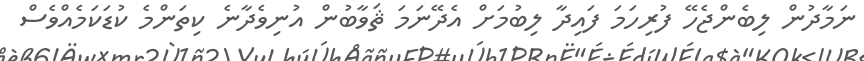
ނަމާދުން ލިބެންޖެހޭ ފުރިހަމަ ފައިދާ ލިބުމަށް އެދޭނަމަ ޘަވާބުން އުނިވެދާނެ ކިތަންމެ ކުޑަކަމެއްވެސް